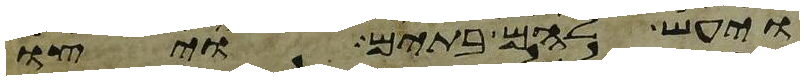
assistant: ויעש להם בתים ויצו